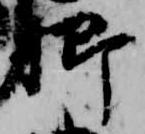
卿